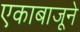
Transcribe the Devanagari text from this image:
एकाबाजूने